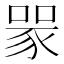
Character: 𧱄